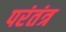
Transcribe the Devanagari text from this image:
परंतंत्र